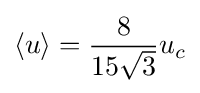
\langle u\rangle ={\frac {8}{15{\sqrt {3}}}}u_{c}